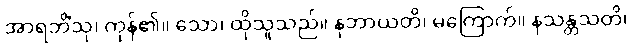
အာရဘိံသု၊ ကုန်၏။ သော၊ ထိုသူသည်။ နဘာယတိ၊ မကြောက်။ နသန္တသတိ၊